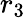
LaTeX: r_{3}